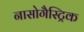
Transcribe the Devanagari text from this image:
नासोगैस्ट्रिक